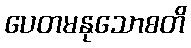
ပေတမနုသောစတိ